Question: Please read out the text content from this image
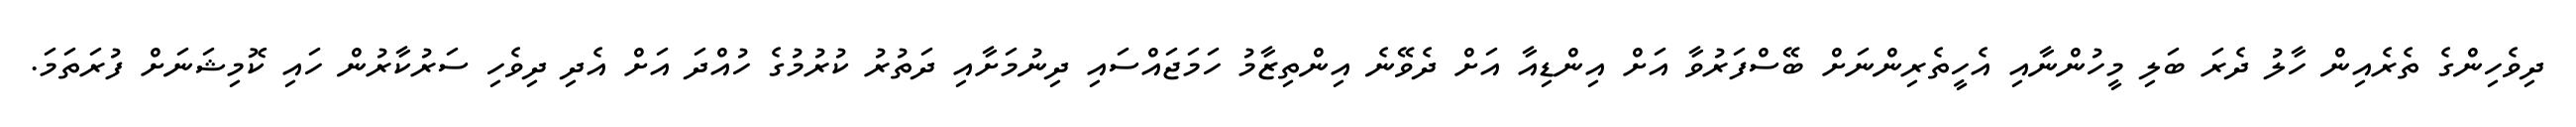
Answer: ދިވެހިންގެ ތެރެއިން ހާލު ދެރަ ބަލި މީހުންނާއި އެހީތެރިންނަށް ބޭސްފަރުވާ އަށް އިންޑިއާ އަށް ދެވޭނެ އިންތިޒާމު ހަމަޖައްސައި ދިނުމަށާއި ދަތުރު ކުރުމުގެ ހުއްދަ އަށް އެދި ދިވެހި ސަރުކާރުން ހައި ކޮމިޝަނަށް ފުރަތަމަ.